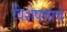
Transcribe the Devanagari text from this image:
विशेषणाचे